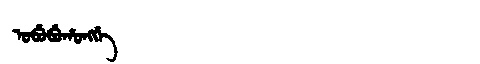
Manchu: ᠣᠪᡠᠪᡠᡥᠣᠩᡤᡝ
Romanization: OBUBUHONGGE